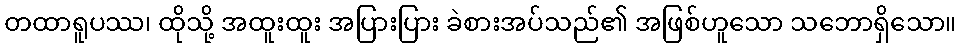
တထာရူပဿ၊ ထိုသို့ အထူးထူး အပြားပြား ခဲစားအပ်သည်၏ အဖြစ်ဟူသော သဘောရှိသော။